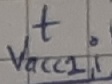
Text: t, Vacc2,i